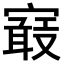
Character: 𡫉